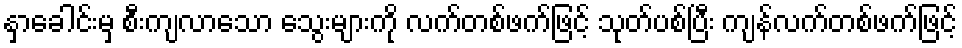
နှာခေါင်းမှ စီးကျလာသော သွေးများကို လက်တစ်ဖက်ဖြင့် သုတ်ပစ်ပြီး ကျန်လက်တစ်ဖက်ဖြင့်